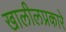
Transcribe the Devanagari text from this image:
खालीलप्रकारे